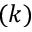
( k )